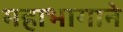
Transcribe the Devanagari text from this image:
महाभागाने